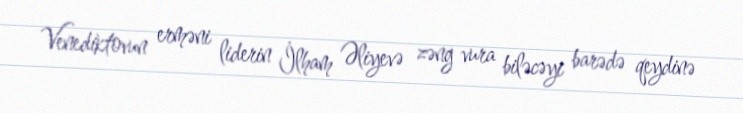
Venediktovun erməni liderin İlham Əliyevə zəng vura biləcəyi barədə qeydinə